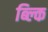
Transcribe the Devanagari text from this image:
ब्ल्कि